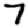
Digit: 7